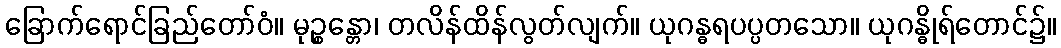
ခြောက်ရောင်ခြည်တော်ဝံ။ မုဉ္စန္တော၊ တလိန်ထိန်လွတ်လျက်။ ယုဂန္ဓရပပ္ပတသော။ ယုဂန္ဓိုရ်တောင်၌။